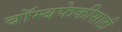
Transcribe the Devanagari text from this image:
बॉम्बफेकीसाठी